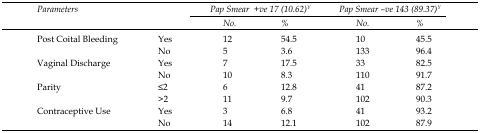
| <ROWSPAN=2-COLSPAN=2> Parameters | <COLSPAN=2> Pap Smear +ve 17 (10.62)Y | <COLSPAN=2> Pap Smear –ve 143 (89.37)Y |
 | No. | % | No. | % |
 | --- | --- | --- | --- | --- | --- |
 | <ROWSPAN=2> Post Coital Bleeding | Yes | 12 | 54.5 | 10 | 45.5 |
 | No | 5 | 3.6 | 133 | 96.4 |
 | <ROWSPAN=2> Vaginal Discharge | Yes | 7 | 17.5 | 33 | 82.5 |
 | No | 10 | 8.3 | 110 | 91.7 |
 | <ROWSPAN=2> Parity | ≤2 | 6 | 12.8 | 41 | 87.2 |
 | >2 | 11 | 9.7 | 102 | 90.3 |
 | <ROWSPAN=2> Contraceptive Use | Yes | 3 | 6.8 | 41 | 93.2 |
 | No | 14 | 12.1 | 102 | 87.9 |